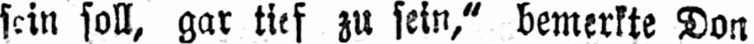
sein soll, gar tief zu sein,“ bemerkte Don